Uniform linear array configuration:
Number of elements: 8
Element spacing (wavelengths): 0.25
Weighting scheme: kaiser
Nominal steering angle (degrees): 30
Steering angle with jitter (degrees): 28.747
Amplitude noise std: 0.05
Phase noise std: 0.05

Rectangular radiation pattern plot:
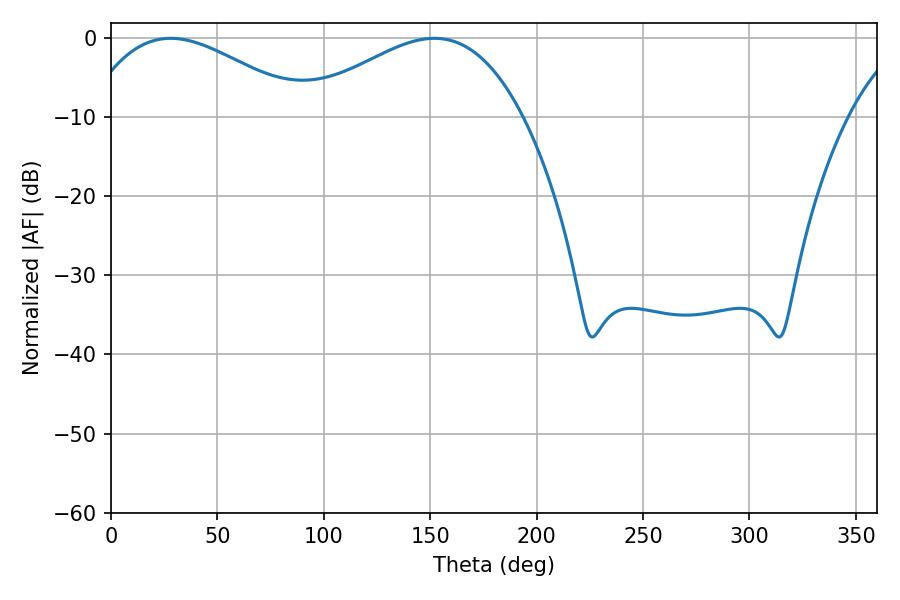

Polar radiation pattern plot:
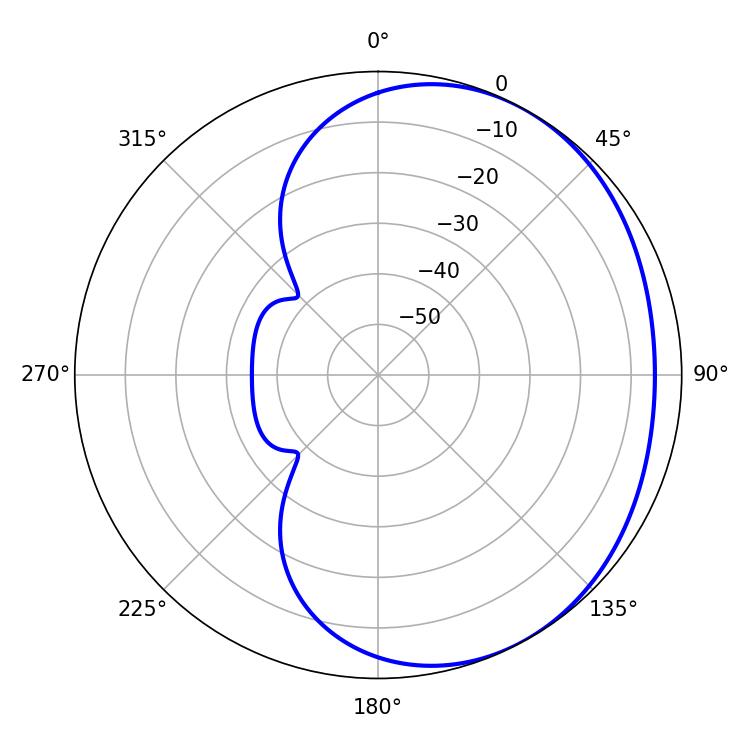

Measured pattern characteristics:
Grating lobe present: FALSE
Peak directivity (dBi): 2.459
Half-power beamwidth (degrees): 56.7
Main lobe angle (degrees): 28.08